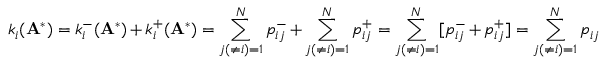
k _ { i } ( \mathbf { A } ^ { * } ) = k _ { i } ^ { - } ( \mathbf { A } ^ { * } ) + k _ { i } ^ { + } ( \mathbf { A } ^ { * } ) = \sum _ { j ( \neq i ) = 1 } ^ { N } p _ { i j } ^ { - } + \sum _ { j ( \neq i ) = 1 } ^ { N } p _ { i j } ^ { + } = \sum _ { j ( \neq i ) = 1 } ^ { N } [ p _ { i j } ^ { - } + p _ { i j } ^ { + } ] = \sum _ { j ( \neq i ) = 1 } ^ { N } p _ { i j }